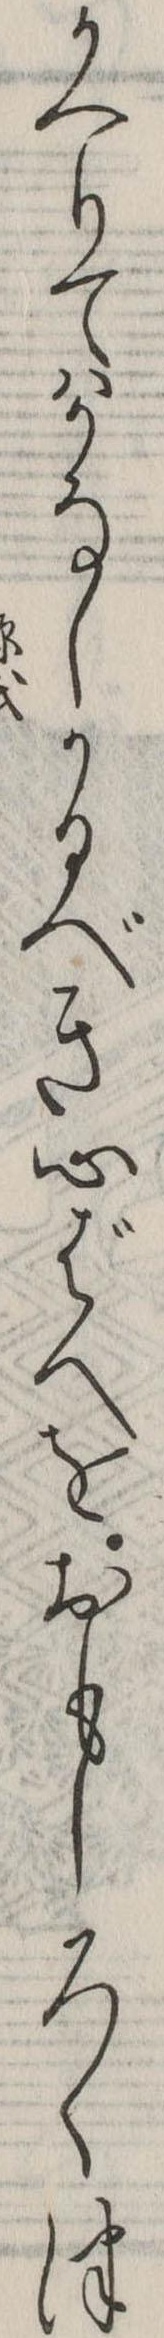
かへりてはかなしかるべき心ばへをおもしろくつ